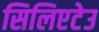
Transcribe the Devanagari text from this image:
सिलिएटेउ